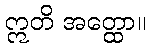
ဣတိ အတ္ထော။